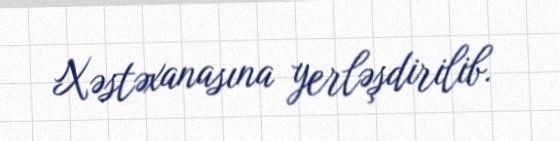
Xəstəxanasına yerləşdirilib.